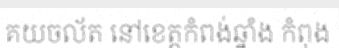
គយចល័ត នៅខេត្តកំពង់ឆ្នាំង កំពុង